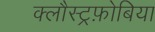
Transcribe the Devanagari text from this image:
क्लौस्ट्रफ़ोबिया